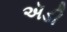
ઍડી